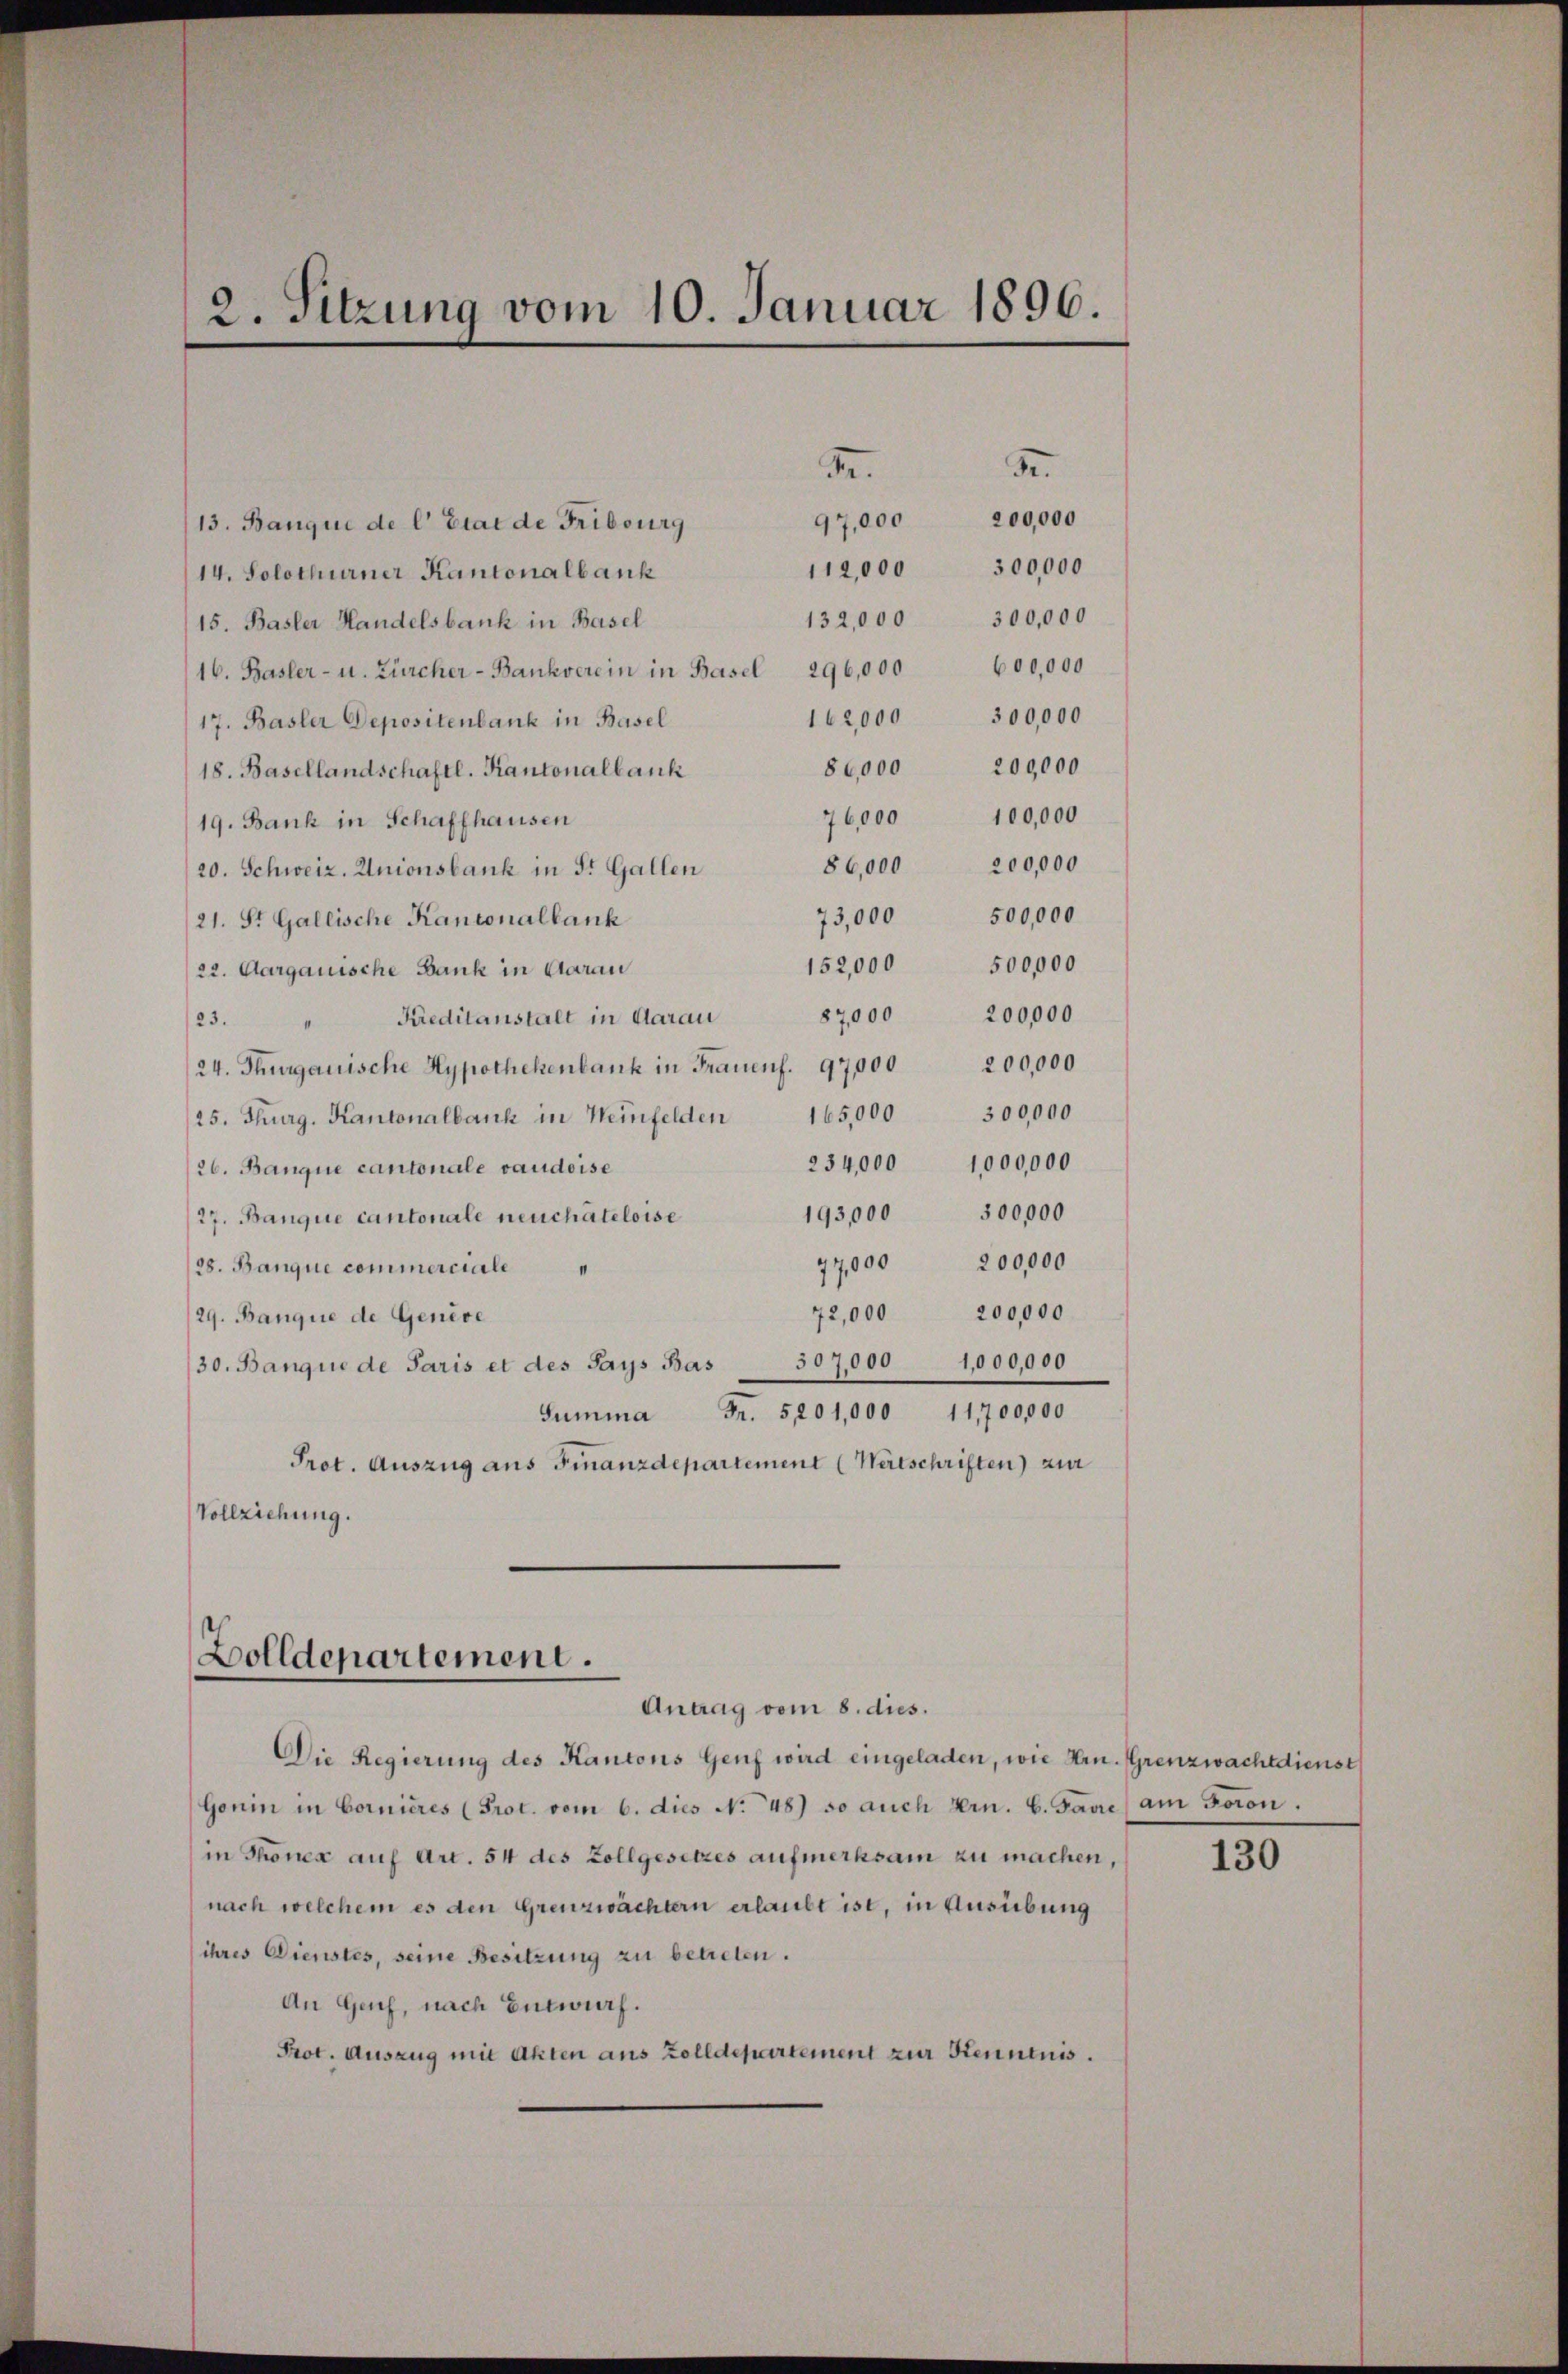
2. Sitzung vom 10. Januar 1896.

13. Banque de l’Etat de Fribourg
14. Solothurner Kantonalbank
15. Basler Handelsbank in Basel
16. Basler- u. Zürcher-Bankverein in Basel 296,000 600,000
162,000 300,000
17. Basler Depositenbank in Basel
18. Basellandschaftl. Kantonalbank
19. Bank in Schaffhausen
20. Schweiz. Unionsbank in St. Gallen
73,000 500,000
21. St. Gallische Kantonalbank
152,000 500,000
22. Aargauische Bank in Aarau
/23. " Kreditanstalt in Aarau 87,000 200,000
24. Thurgauische Hypothekenbank in Frauenf. 97,000 200,000
/25. Thurg. Kantonalbank in Weinfelden 165,000 300,000
234,000 1000,000
26. Banque cantonale vaudoise
193,000 500,000
27. Banque cantonale neuchâteloise
77,000 200,000
28. Banque commerciale
72,000 200,000
29. Banque de Genève
30. Banque de Paris et des Pays Bas 507,000 1,000,000
Summa Fr. 5201,000 11,700,000
Prot. Auszug aus Finanzdepartement (Watschriften) zur
Vollziehung.
Bolldepartement.
Antrag vom 8. dies.
Die Regierung des Kantons Genf wird eingeladen, wie Hrn. Grenzwachtdienst
Gonin in Cornieres (Prot. vom 6. dies No 48) so auch Hrn. 6. Jane am Foron.
in Thonen auf Art. 54 des Zollgesetzes aufmerksam zu machen,
nach welchem es den Grenzwächtern erlaubt ist, in Ausübung
ihres Dienstes, seine Besitzung zu betreten.
An Genf, nach Entwurf.
Prot. Auszug mit Akten aus Zolldepartement zur Kenntnis.

112,000 300,000
132,000 300,000

3.

97,000

5
200,000
86,000 200,000
76,000 100,000

86,000 200,000

130